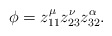
\begin{align*}\phi=z_{11}^\mu z_{23}^\nu z_{32}^\alpha.\end{align*}